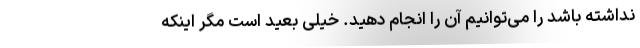
نداشته باشد را می‌توانیم آن را انجام دهید. خیلی بعید است مگر اینکه